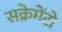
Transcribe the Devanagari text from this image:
सक्रेमेंटो